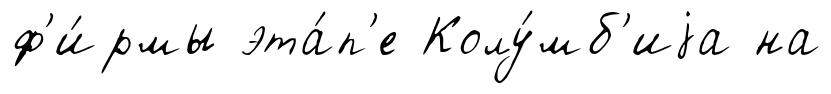
ф'и́рмы эта́п'е Колу́мб'иjа на